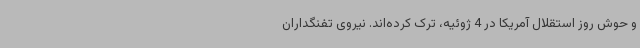
و حوش روز استقلال آمریکا در 4 ژوئیه، ترک کرده‌اند. نیروی تفنگداران